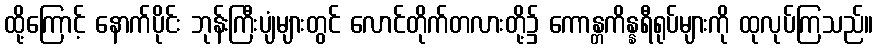
ထို့ကြောင့် နောက်ပိုင်း ဘုန်းကြီးပျံများတွင် လောင်တိုက်တလားတို့၌ ကောန္တကိန္နရီရုပ်များကို ထုလုပ်ကြသည်။